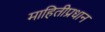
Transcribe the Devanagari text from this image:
माहितीप्रधान